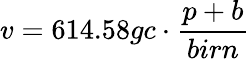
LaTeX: v=614.58gc\cdot{\frac{p+b}{birn}}